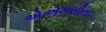
એએમસીના